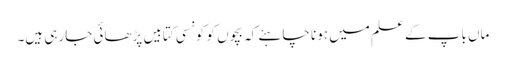
ماں باپ کے علم میں ہونا چاہئے کہ بچوں کو کونسی کتابیں پڑھائی جارہی ہیں۔